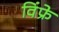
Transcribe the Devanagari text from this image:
विंफ्रे